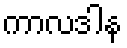
ကာလဒါန